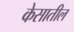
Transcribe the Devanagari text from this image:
केसातील